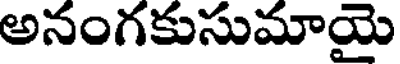
అనంగకుసుమాయై